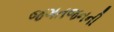
જગતજનની